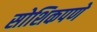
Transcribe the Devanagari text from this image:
सोशिकपणे